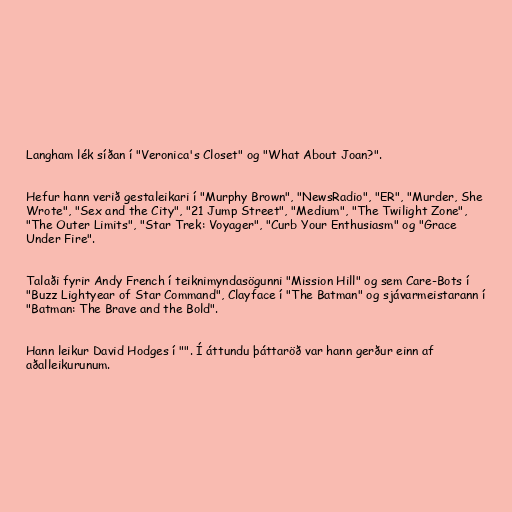
Langham lék síðan í "Veronica's Closet" og "What About Joan?".

Hefur hann verið gestaleikari í "Murphy Brown", "NewsRadio", "ER", "Murder, She
Wrote", "Sex and the City", "21 Jump Street", "Medium", "The Twilight Zone",
"The Outer Limits", "Star Trek: Voyager", "Curb Your Enthusiasm" og "Grace
Under Fire".

Talaði fyrir Andy French í teiknimyndasögunni "Mission Hill" og sem Care-Bots í
"Buzz Lightyear of Star Command", Clayface í "The Batman" og sjávarmeistarann í
"Batman: The Brave and the Bold".

Hann leikur David Hodges í "". Í áttundu þáttaröð var hann gerður einn af
aðalleikurunum.